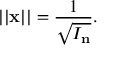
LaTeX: | | \mathbf { x } | | = { \frac { 1 } { \sqrt { I _ { \mathbf { n } } } } } .